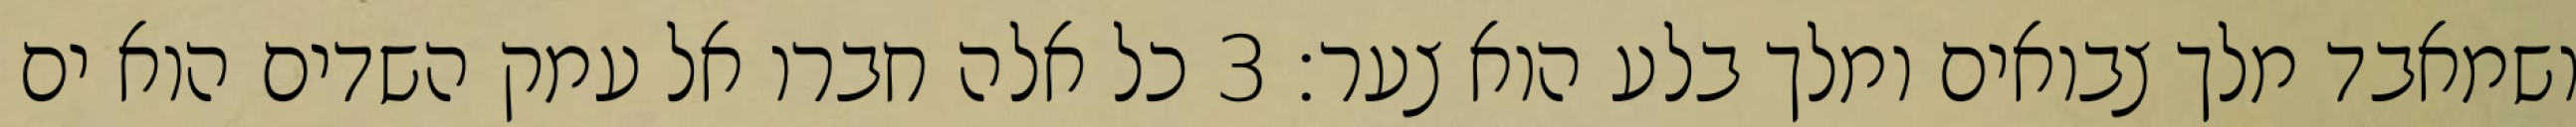
ושמאבד מלך צבואים ומלך בלע הוא צער׃ ‎3‏ כל אלה חברו אל עמק השדים הוא ים